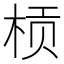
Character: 𱣚